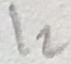
Text: I2